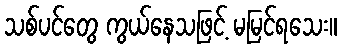
သစ်ပင်တွေ ကွယ်နေသဖြင့် မမြင်ရသေး။